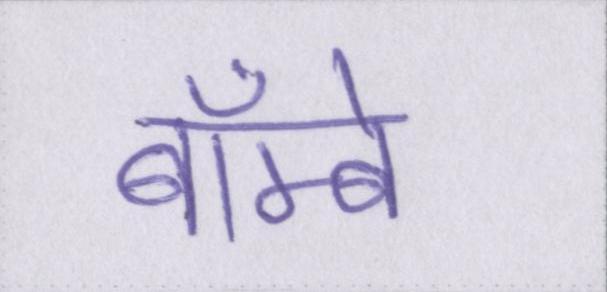
बॅाम्बे